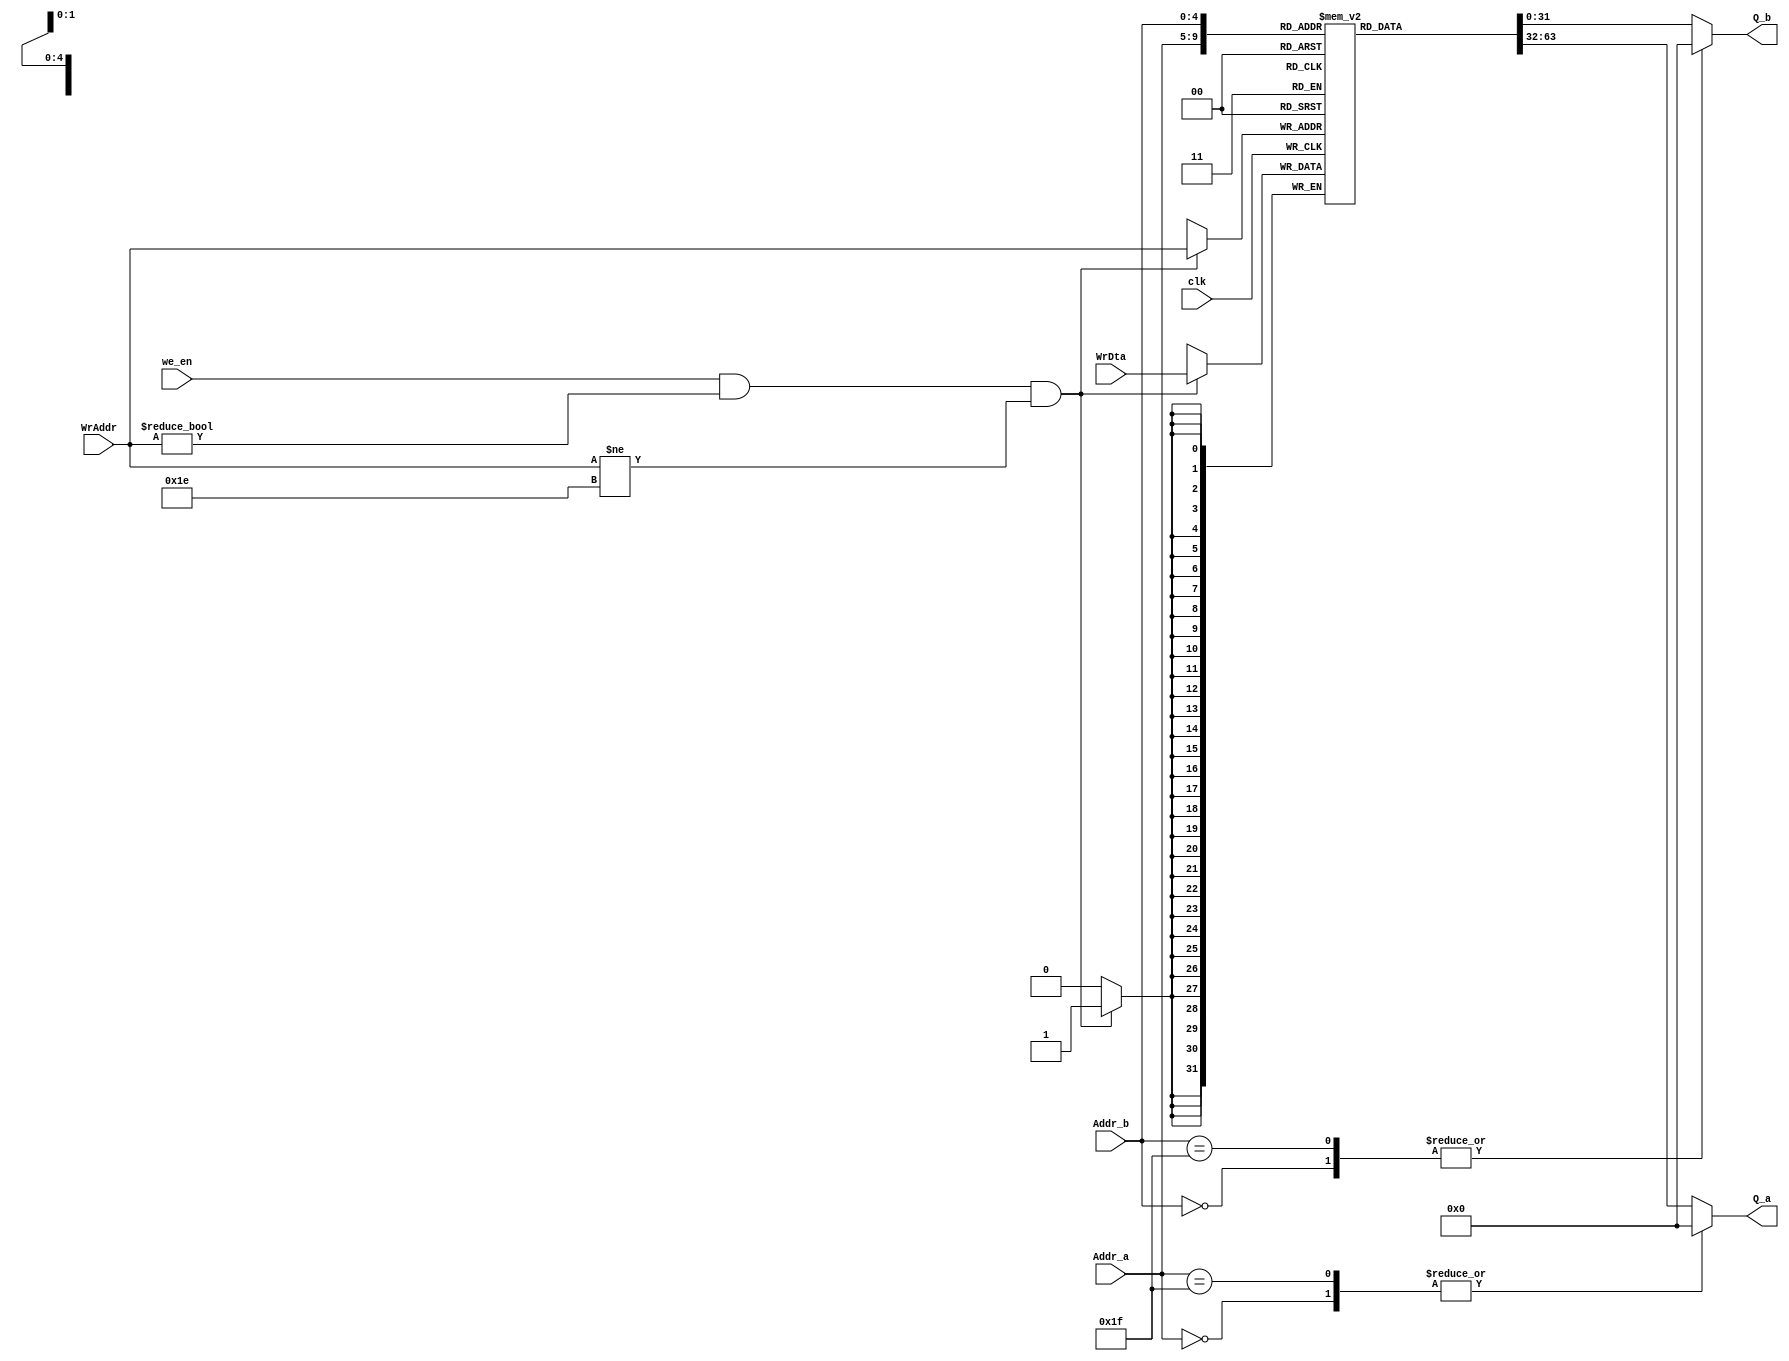
//memoria combinacional de doble puerto de salida
//un puerto para escritura y wr_en


module DualPortMem
#(parameter DATA_WIDTH=32, parameter ADDR_WIDTH=5)
(
	input [(ADDR_WIDTH-1):0] Addr_a, Addr_b, 			//read index
	input [(ADDR_WIDTH-1):0] WrAddr, 					//write index
	input we_en, clk,											//control signals	
	input [(DATA_WIDTH-1):0] WrDta,						//write data
	//output wire [(DATA_WIDTH-1):0] Read_reg,		//registro para mostrar datos en led
	output reg [(DATA_WIDTH-1):0] Q_a, Q_b			//out data
);

reg [(DATA_WIDTH-1):0] Mem [(2**ADDR_WIDTH)-1: 0];
/*only 4 tst*/
integer i;
initial begin

	for(i=4; i<=(2**ADDR_WIDTH)-1; i=i+1) begin
		Mem[i] = {(DATA_WIDTH-1){1'b0}};
	end
	Mem[0] = 32'hA;
	Mem[1] = 32'h6;
	Mem[2] = 32'h6;
	Mem[3] = 32'h2;
end



always @(posedge clk) begin
	if(we_en  && WrAddr != 5'b0_0000 && WrAddr != 5'b1_1110)
		Mem[WrAddr] <= WrDta;
end

always@(*) begin
	case(Addr_a)
	5'b0_0000:
		Q_a = {DATA_WIDTH{1'b0}};
	5'b1_1111:
		Q_a = {DATA_WIDTH{1'b0}};
	default:
	Q_a = Mem[Addr_a];
	endcase
end

always@(*) begin
	case(Addr_b)
	5'b0_0000:
		Q_b = {DATA_WIDTH{1'b0}};
	5'b1_1111:
		Q_b = {DATA_WIDTH{1'b0}};
	default:
	Q_b = Mem[Addr_b];
	endcase
end
//assign Read_reg = Mem[1]; //registro 1 de la memoria

endmodule